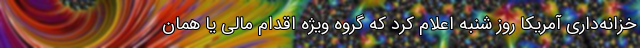
خزانه‌داری آمریکا روز شنبه اعلام کرد که گروه ویژه اقدام مالی یا همان